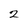
Character: 2